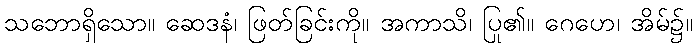
သဘောရှိသော။ ဆေဒနံ၊ ဖြတ်ခြင်းကို။ အကာသိ၊ ပြု၏။ ဂေဟေ၊ အိမ်၌။